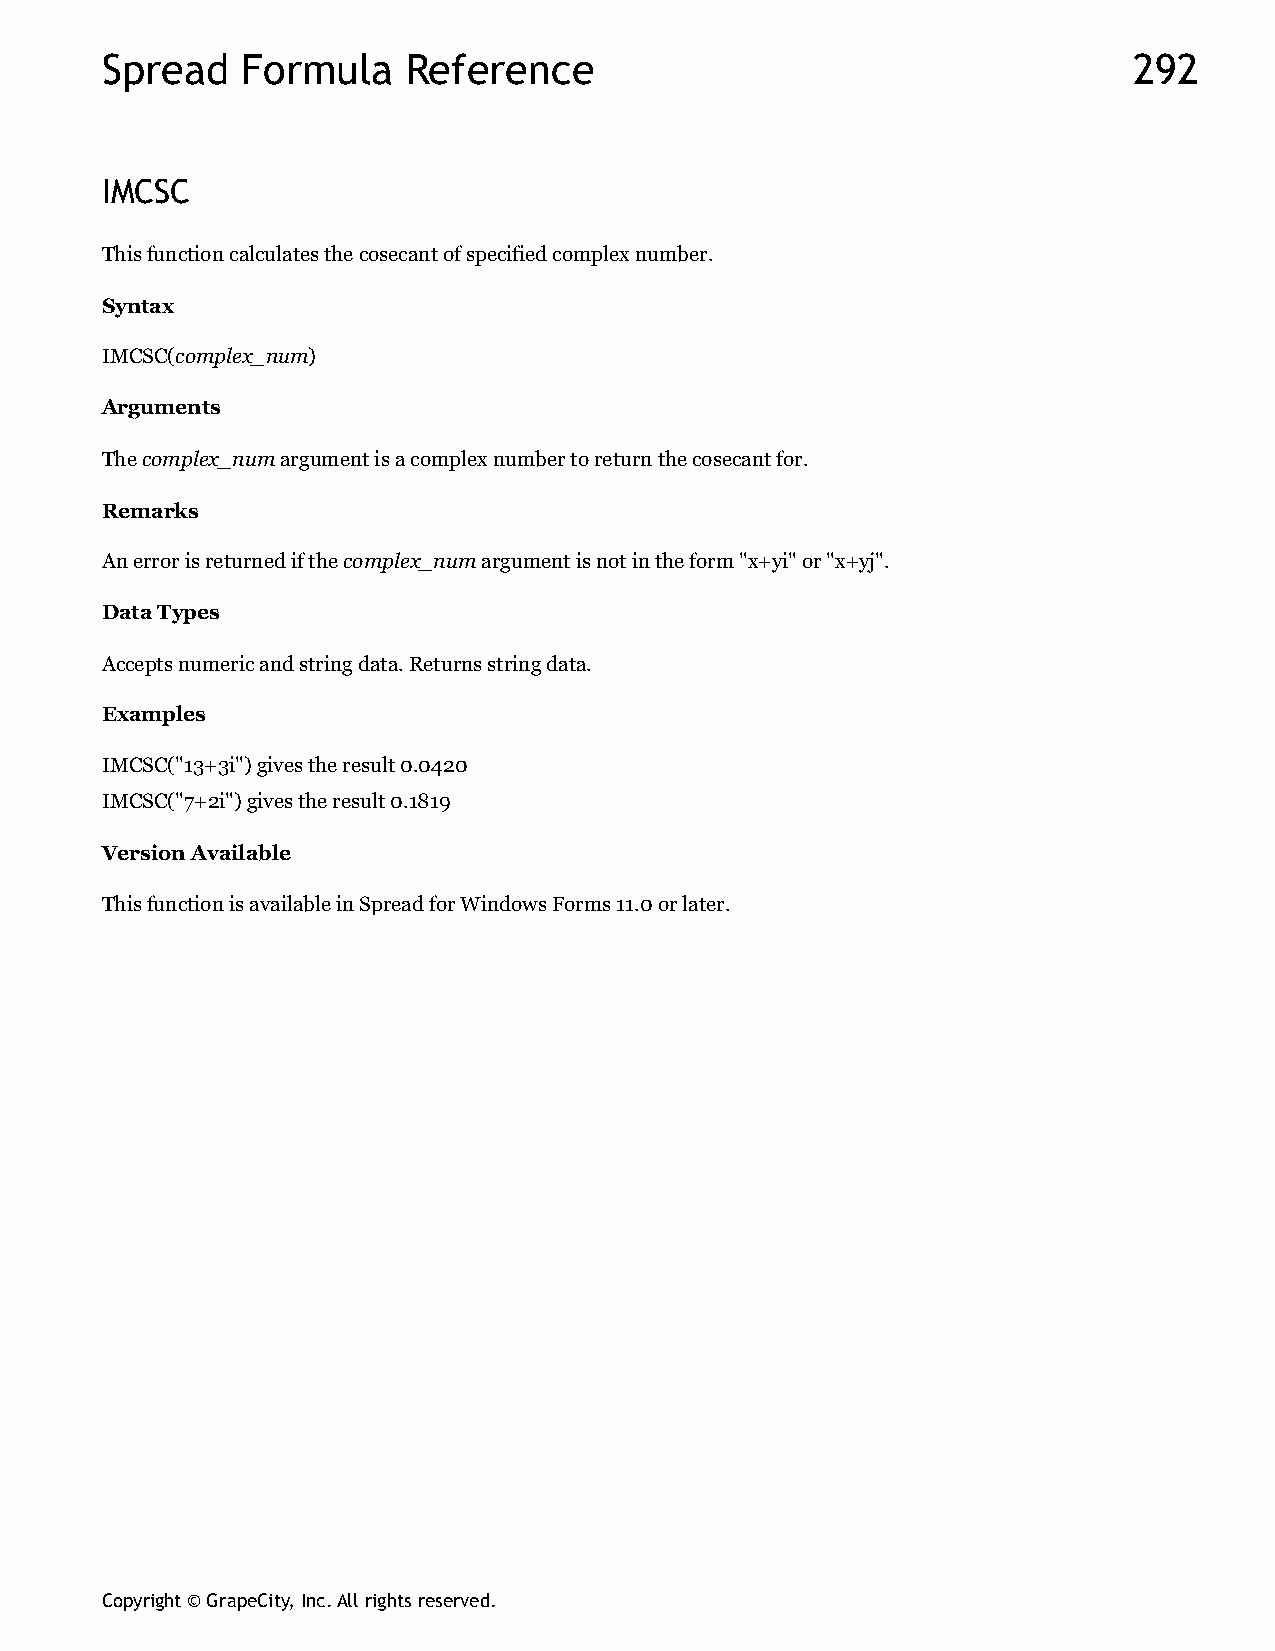
Spread   Formula    Reference                                       292
 IMCSC
 This function calculates the cosecant of specified complex number.
 Syntax
 IMCSC(complex_num)
 Arguments
 The complex_num argument is a complex number to return the cosecant for.
 Remarks
 An error is returned if the complex_num argument is not in the form "x+yi" or "x+yj".
 Data Types
 Accepts numeric and string data. Returns string data.
 Examples
 IMCSC("13+3i") gives the result 0.0420
 IMCSC("7+2i") gives the result 0.1819
 Version Available
 This function is available in Spread for Windows Forms 11.0 or later.
 Copyright © GrapeCity, Inc. All rights reserved.